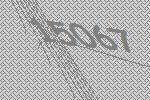
15067